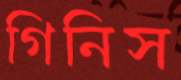
গিনিস